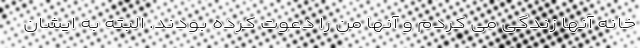
خانه آنها زندگی می کردم و آنها من را دعوت کرده بودند. البته به ایشان